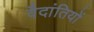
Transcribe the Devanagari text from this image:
वैदांतियों